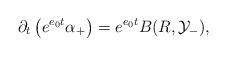
LaTeX: \begin{align*}\partial_t \left( e^{e_0 t} \alpha_+\right) = e^{e_0 t}B(R, \mathcal{Y}_-),\end{align*}